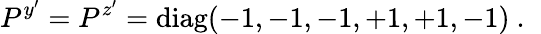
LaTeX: P^{y^{\prime}}=P^{z^{\prime}}=\mathrm{diag}(-1,-1,-1,+1,+1,-1)~.~\,